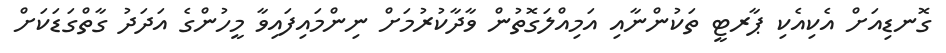
ގޮނޑިއަށް އެކިއެކި ޕާރޓީ ތަކުންނާއި އަމިއްލަގޮތުން ވާދާކުރުމަށް ނިންމައިފައިވާ މީހުންގެ އަދަދު ގާތްގަޑަކަށް